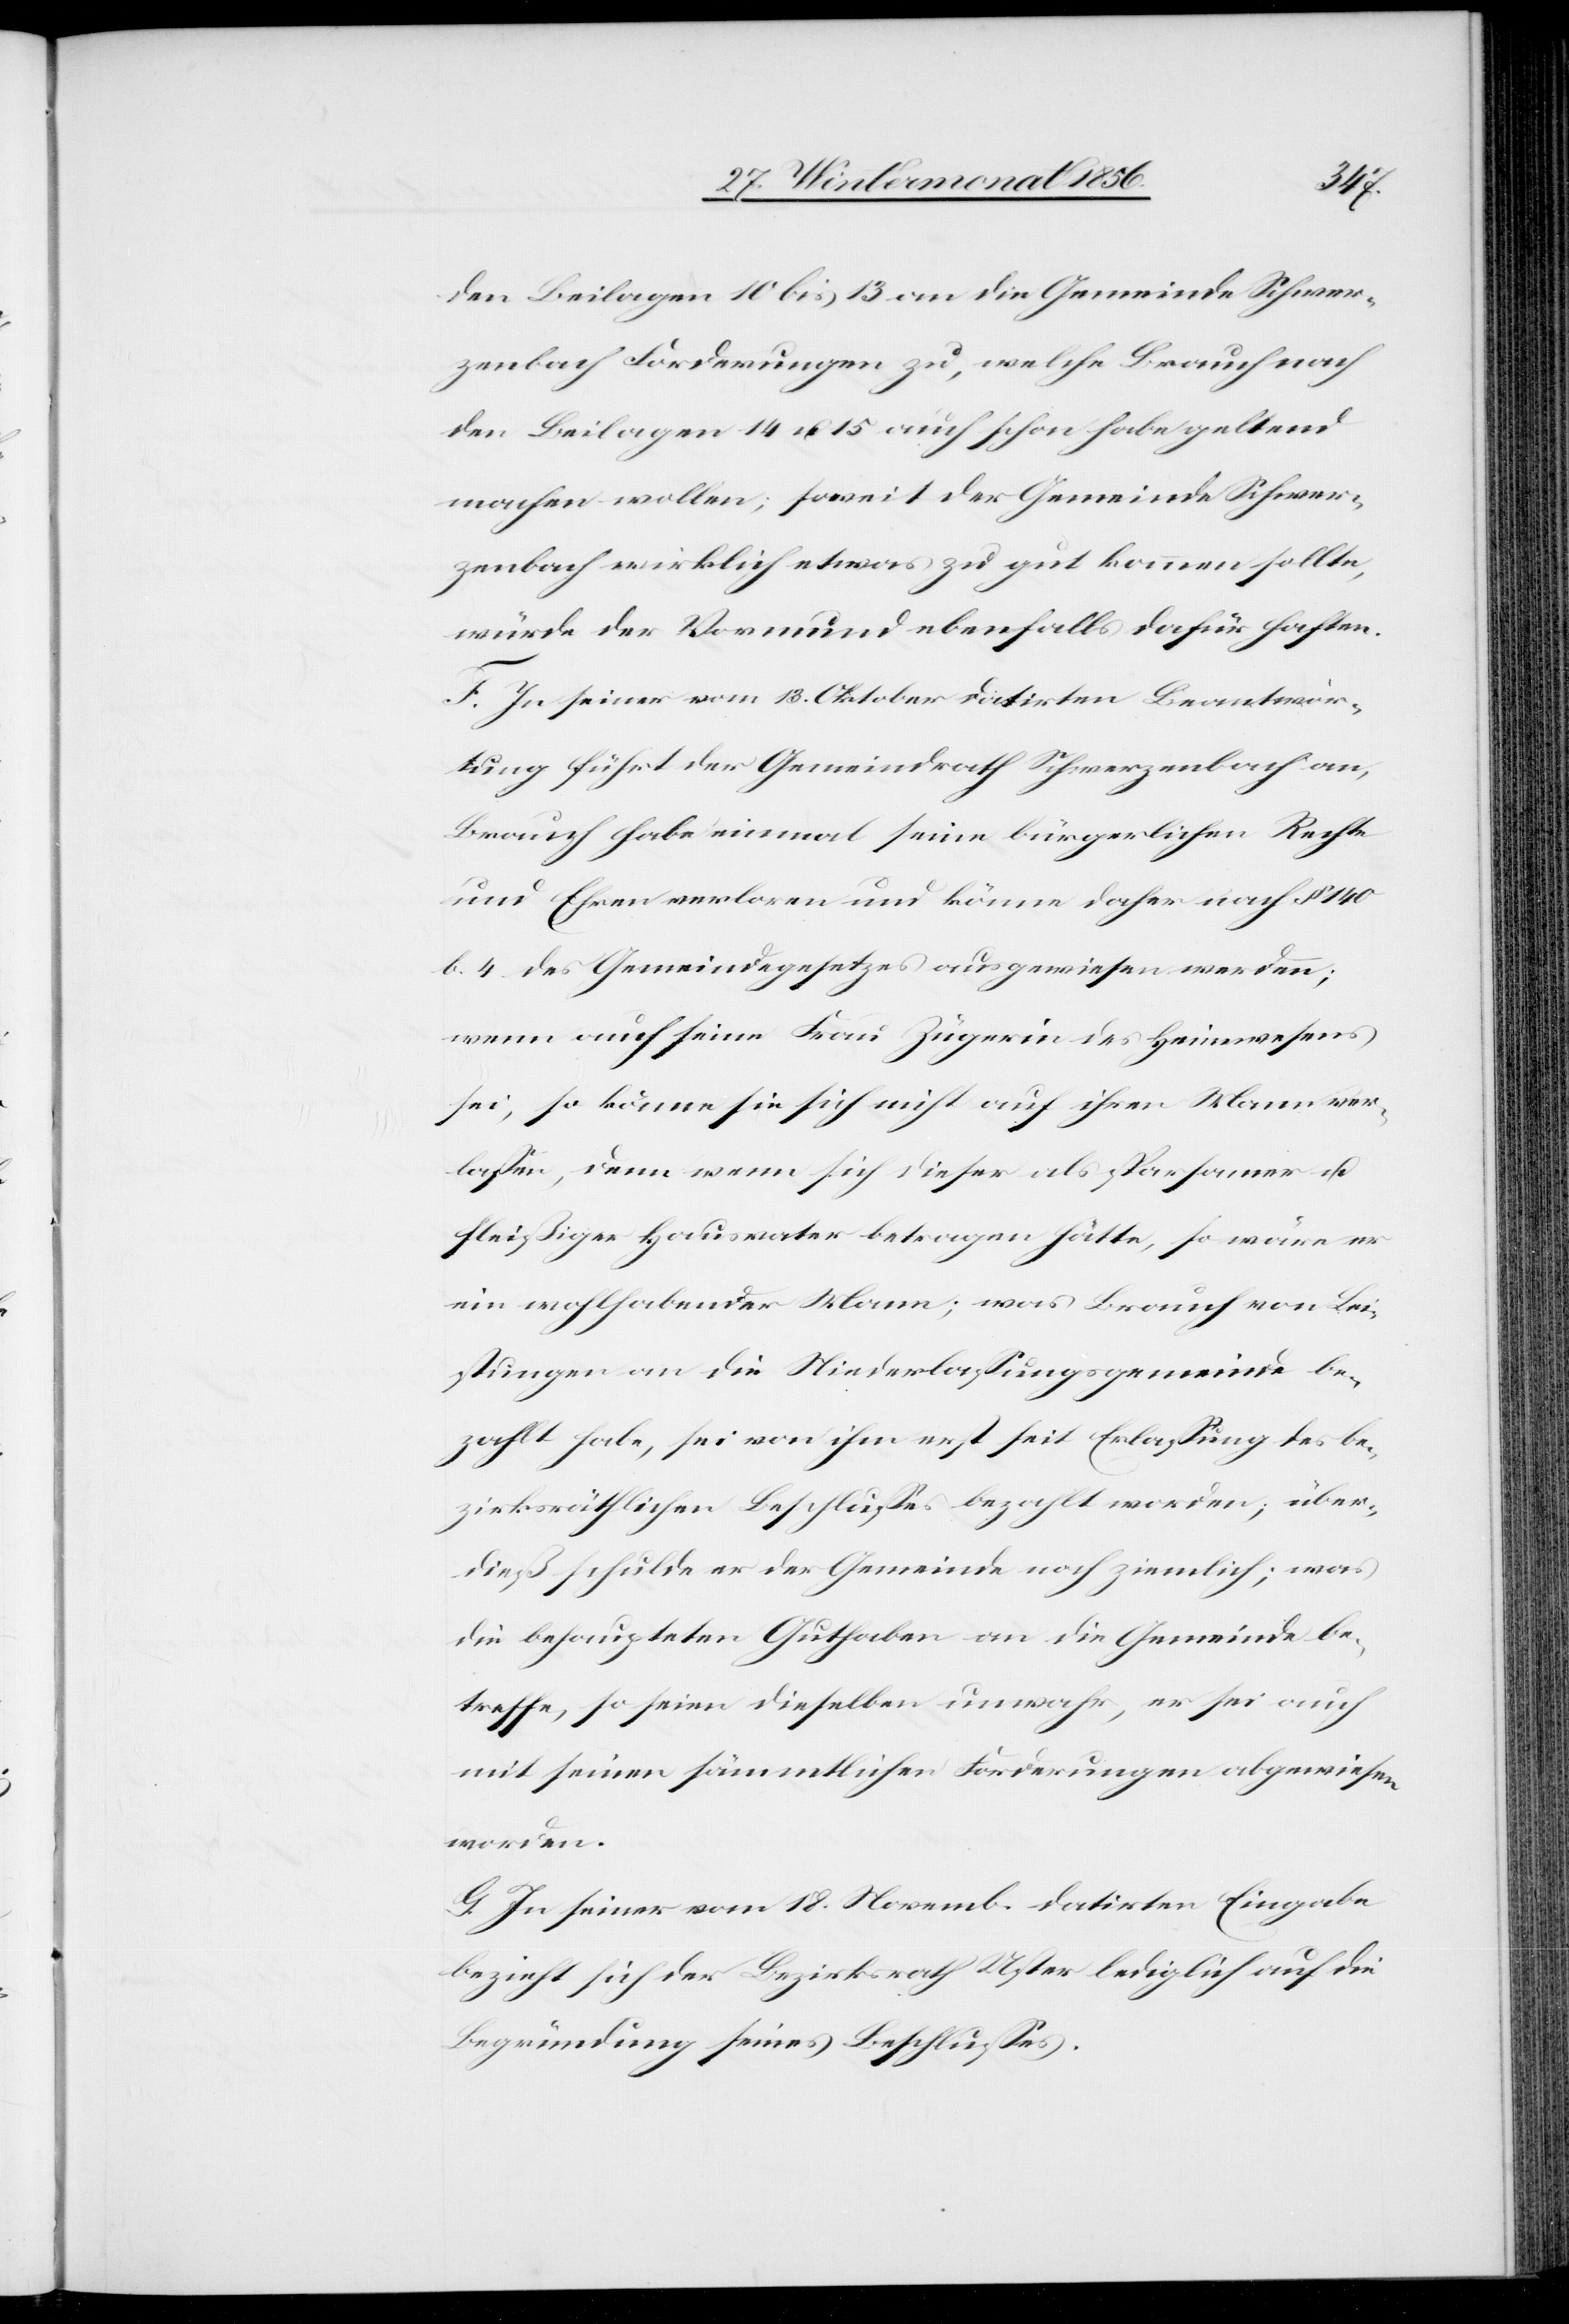
den Beilagen 10 bis 13 an die Gemeinde Schwer¬
zenbach Forderungen zu, welche Brauch nach
den Beilagen 14 u. 15 auch schon habe geltend
machen wollen; soweit der Gemeinde Schwer¬
zenbach wirklich etwas gut kommen sollte,
würde der Vormund ebenfalls dafür haften.
F. In seiner vom 13. Oktober datirten Beantwor¬
tung führt der Gemeindrath Schwerzenbach an,
Brauch habe einmal seine bürgerlichen Rechte
und Ehren verloren und könne daher nach § 140
b. 4. des Gemeindegesetzes ausgewiesen werden;
wenn auch seine Frau Zügerin des Heimwesens
sei, so könne sie sich nicht auf ihren Mann ver¬
lassen, denn wenn sich dieser als sparsamer u.
fleißiger Hausvater betragen hätte, so wäre er
ein wohlhabender Mann; was Brauch von Lei¬
stungen an die Niederlassungsgemeinde be¬
zahlt habe, sei von ihm erst seit Erlassung des be¬
zirksräthlichen Beschlusses bezahlt worden; über¬
dieß schulde er der Gemeinde noch ziemlich; was
die behaupteten Guthaben an die Gemeinde be¬
treffe, so seien dieselben unwahr, er sei auch
mit seinen sämmtlichen Forderungen abgewiesen
worden.
G. In seiner vom 18. Novemb. datirten Eingabe
bezieht sich der Bezirksrath Uster lediglich auf die
Begründung seines Beschlusses.